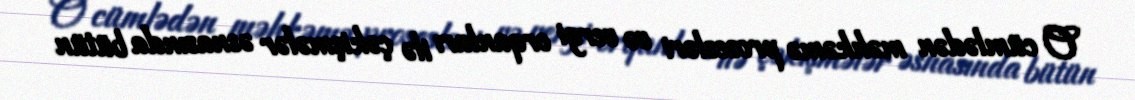
O cümlədən məhkəmə prosesləri və vergi orqanları ilə çəkişmələr əsnasında bütün